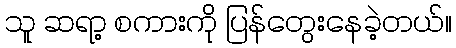
သူ ဆရာ့ စကားကို ပြန်တွေးနေခဲ့တယ်။